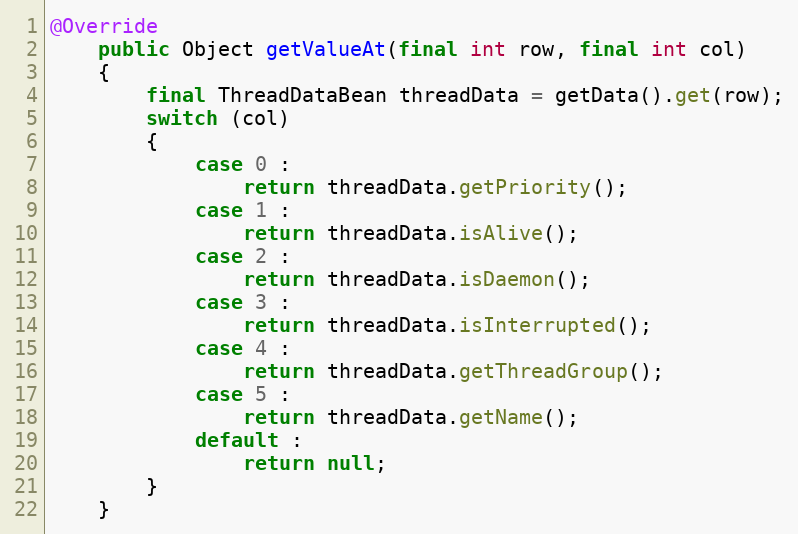
Language: Java
@Override
	public Object getValueAt(final int row, final int col)
	{
		final ThreadDataBean threadData = getData().get(row);
		switch (col)
		{
			case 0 :
				return threadData.getPriority();
			case 1 :
				return threadData.isAlive();
			case 2 :
				return threadData.isDaemon();
			case 3 :
				return threadData.isInterrupted();
			case 4 :
				return threadData.getThreadGroup();
			case 5 :
				return threadData.getName();
			default :
				return null;
		}
	}